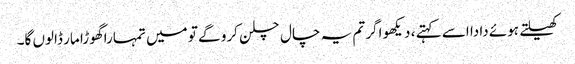
کھیلتے ہوئے دادا اسے کہتے ، دیکھو اگر تم یہ چال چلن کرو گے تو میں تمہارا گھوڑا مار ڈالوں گا۔